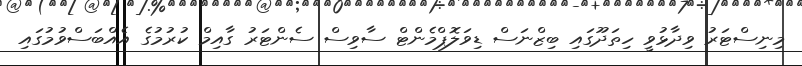
މިނިސްޓަރު ވިދާޅުވީ ހިތަދޫގައި ބިޒްނަސް ޑިވަލޮޕްމެންޓް ސާވިސް ސެންޓަރު ގާއިމް ކުރުމުގެ އެއްބަސްވުމުގައި